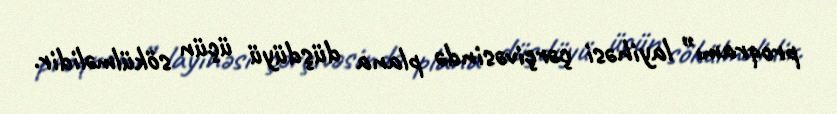
proqramı” layihəsi çərçivəsində plana düşdüyü üçün sökülməlidir.